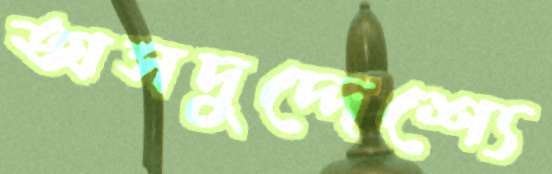
অসদুদ্দেশ্যে